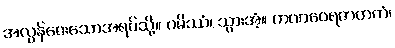
အလွန်ဝေးသောအရပ်သို့။ ဂမိဿံ၊ သွားအံ့။ ကဏဝေရဇာတကံ၊